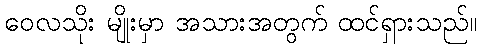
ဝေလသိုး မျိုးမှာ အသားအတွက် ထင်ရှားသည်။